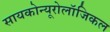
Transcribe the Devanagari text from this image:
सायकोन्यूरोलॉजिकल